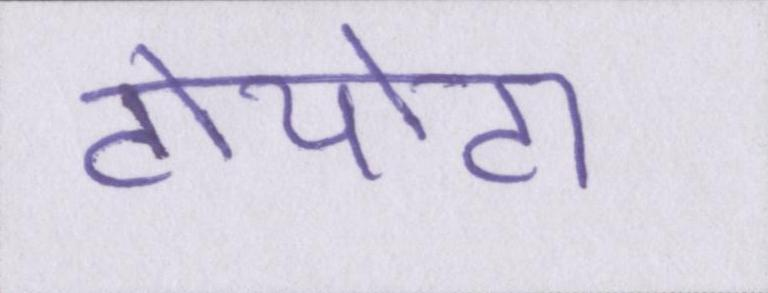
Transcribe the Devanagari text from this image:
टोयोटा